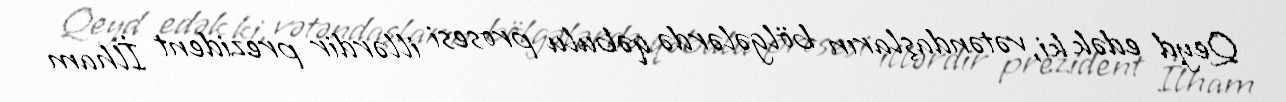
Qeyd edək ki, vətəndaşların bölgələrdə qəbulu prosesi illərdir prezident İlham